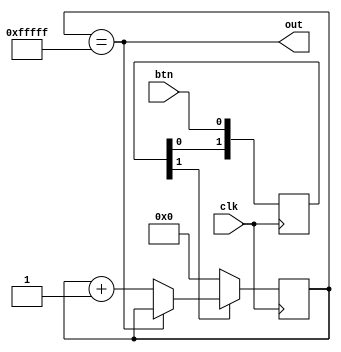
module button_conditioner (
    input clk,
    input btn,
    output out
  );
 
  reg [19:0] ctr_d, ctr_q;
  reg [1:0] sync_d, sync_q;
 
  assign out = ctr_q == {20{1'b1}};
 
  always @(*) begin
    sync_d[0] = btn;
    sync_d[1] = sync_q[0];
    ctr_d = ctr_q + 1'b1;
 
    if (ctr_q == {20{1'b1}}) begin
      ctr_d = ctr_q;
    end
 
    if (!sync_q[1])
      ctr_d = 20'd0;
  end
 
  always @(posedge clk) begin
    ctr_q <= ctr_d;
    sync_q <= sync_d;
  end
 
endmodule